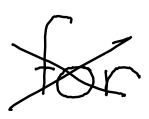
Text: for
Cross-out: cross
Writing tool: digital_black